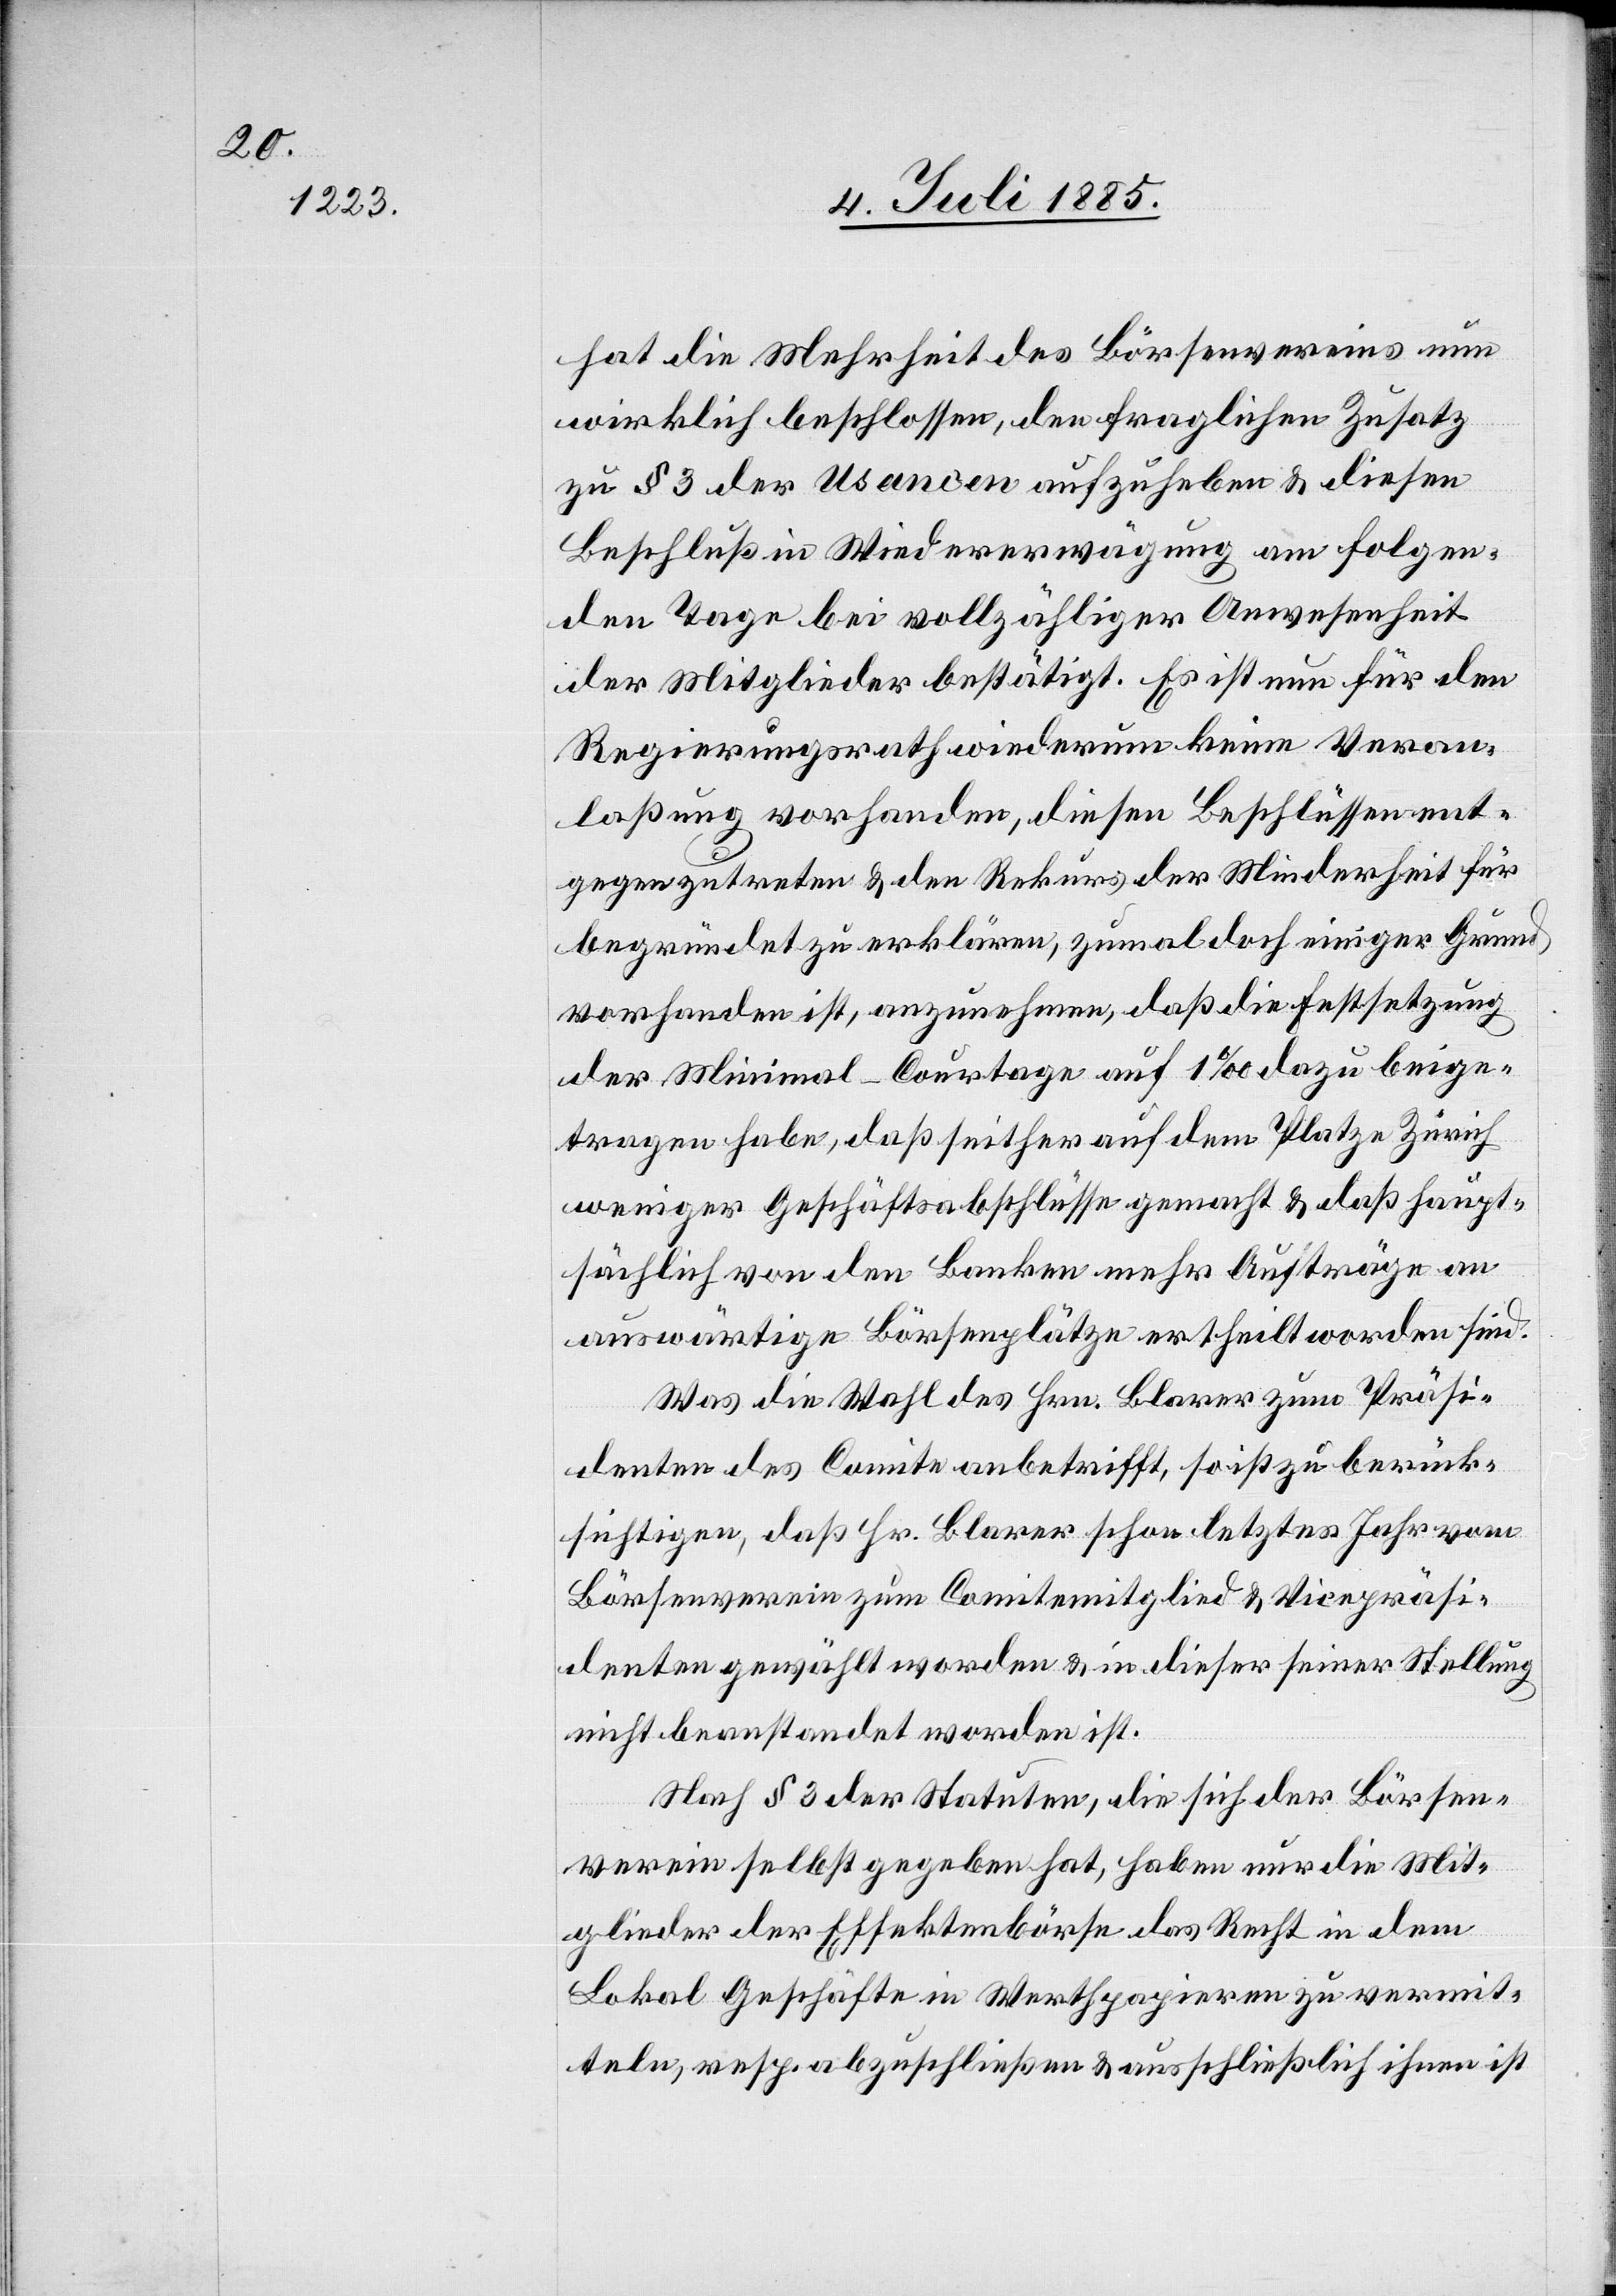
hat die Mehrheit des Börsenvereins nun
wirklich beschlossen, den fraglichen Zusatz
zu § 3 der Usancen aufzuheben & diesen
Beschluß in Wiedererwägung am folgen¬
den Tage bei vollzähliger Anwesenheit
der Mitglieder bestätigt. Es ist nun für den
Regierungsrath wiederum keine Veran¬
laßung vorhanden, diesen Beschlüssen ent¬
gegenzutreten & den Rekurs der Minderheit für
begründet zu erklären, zumal doch einiger Grund
vorhanden ist, anzunehmen, daß die Festsetzung
der Minimal-Courtage auf 1‰ dazu beige¬
tragen habe, daß seither auf dem Platze Zürich
weniger Geschäftsabschlüsse gemacht & daß haupt¬
sächlich von den Banken mehr Aufträge an
auswärtige Börsenplätze ertheilt worden sind.
Was die Wahl des Hrn. Blarer zum Präsi¬
denten des Comite anbetrifft, so ist zu berück¬
sichtigen, daß Hr. Blarer schon letztes Jahr vom
Börsenverein zum Comitemitglied & Vicepräsi¬
denten gewählt worden & in dieser seiner Stellung
nicht beanstandet worden ist.
Nach § 3 der Statuten, die sich der Börsen¬
verein selbst gegeben hat, haben nur die Mit¬
glieder der Effektenbörse das Recht in dem
Lokal Geschäfte in Werthpapieren zu vermit¬
teln, resp. abzuschließen & ausschließlich ihnen ist